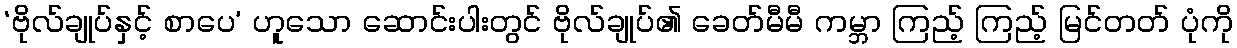
‘ဗိုလ်ချုပ်နှင့် စာပေ’ ဟူသော ဆောင်းပါးတွင် ဗိုလ်ချုပ်၏ ခေတ်မီမီ ကမ္ဘာ ကြည့် ကြည့် မြင်တတ် ပုံကို